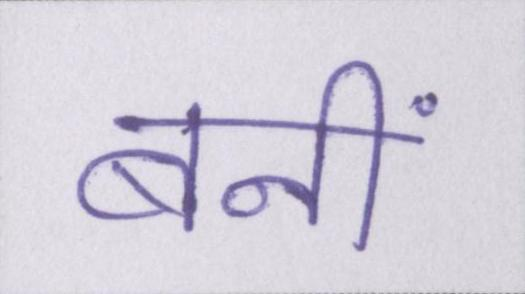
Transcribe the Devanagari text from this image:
बनीं